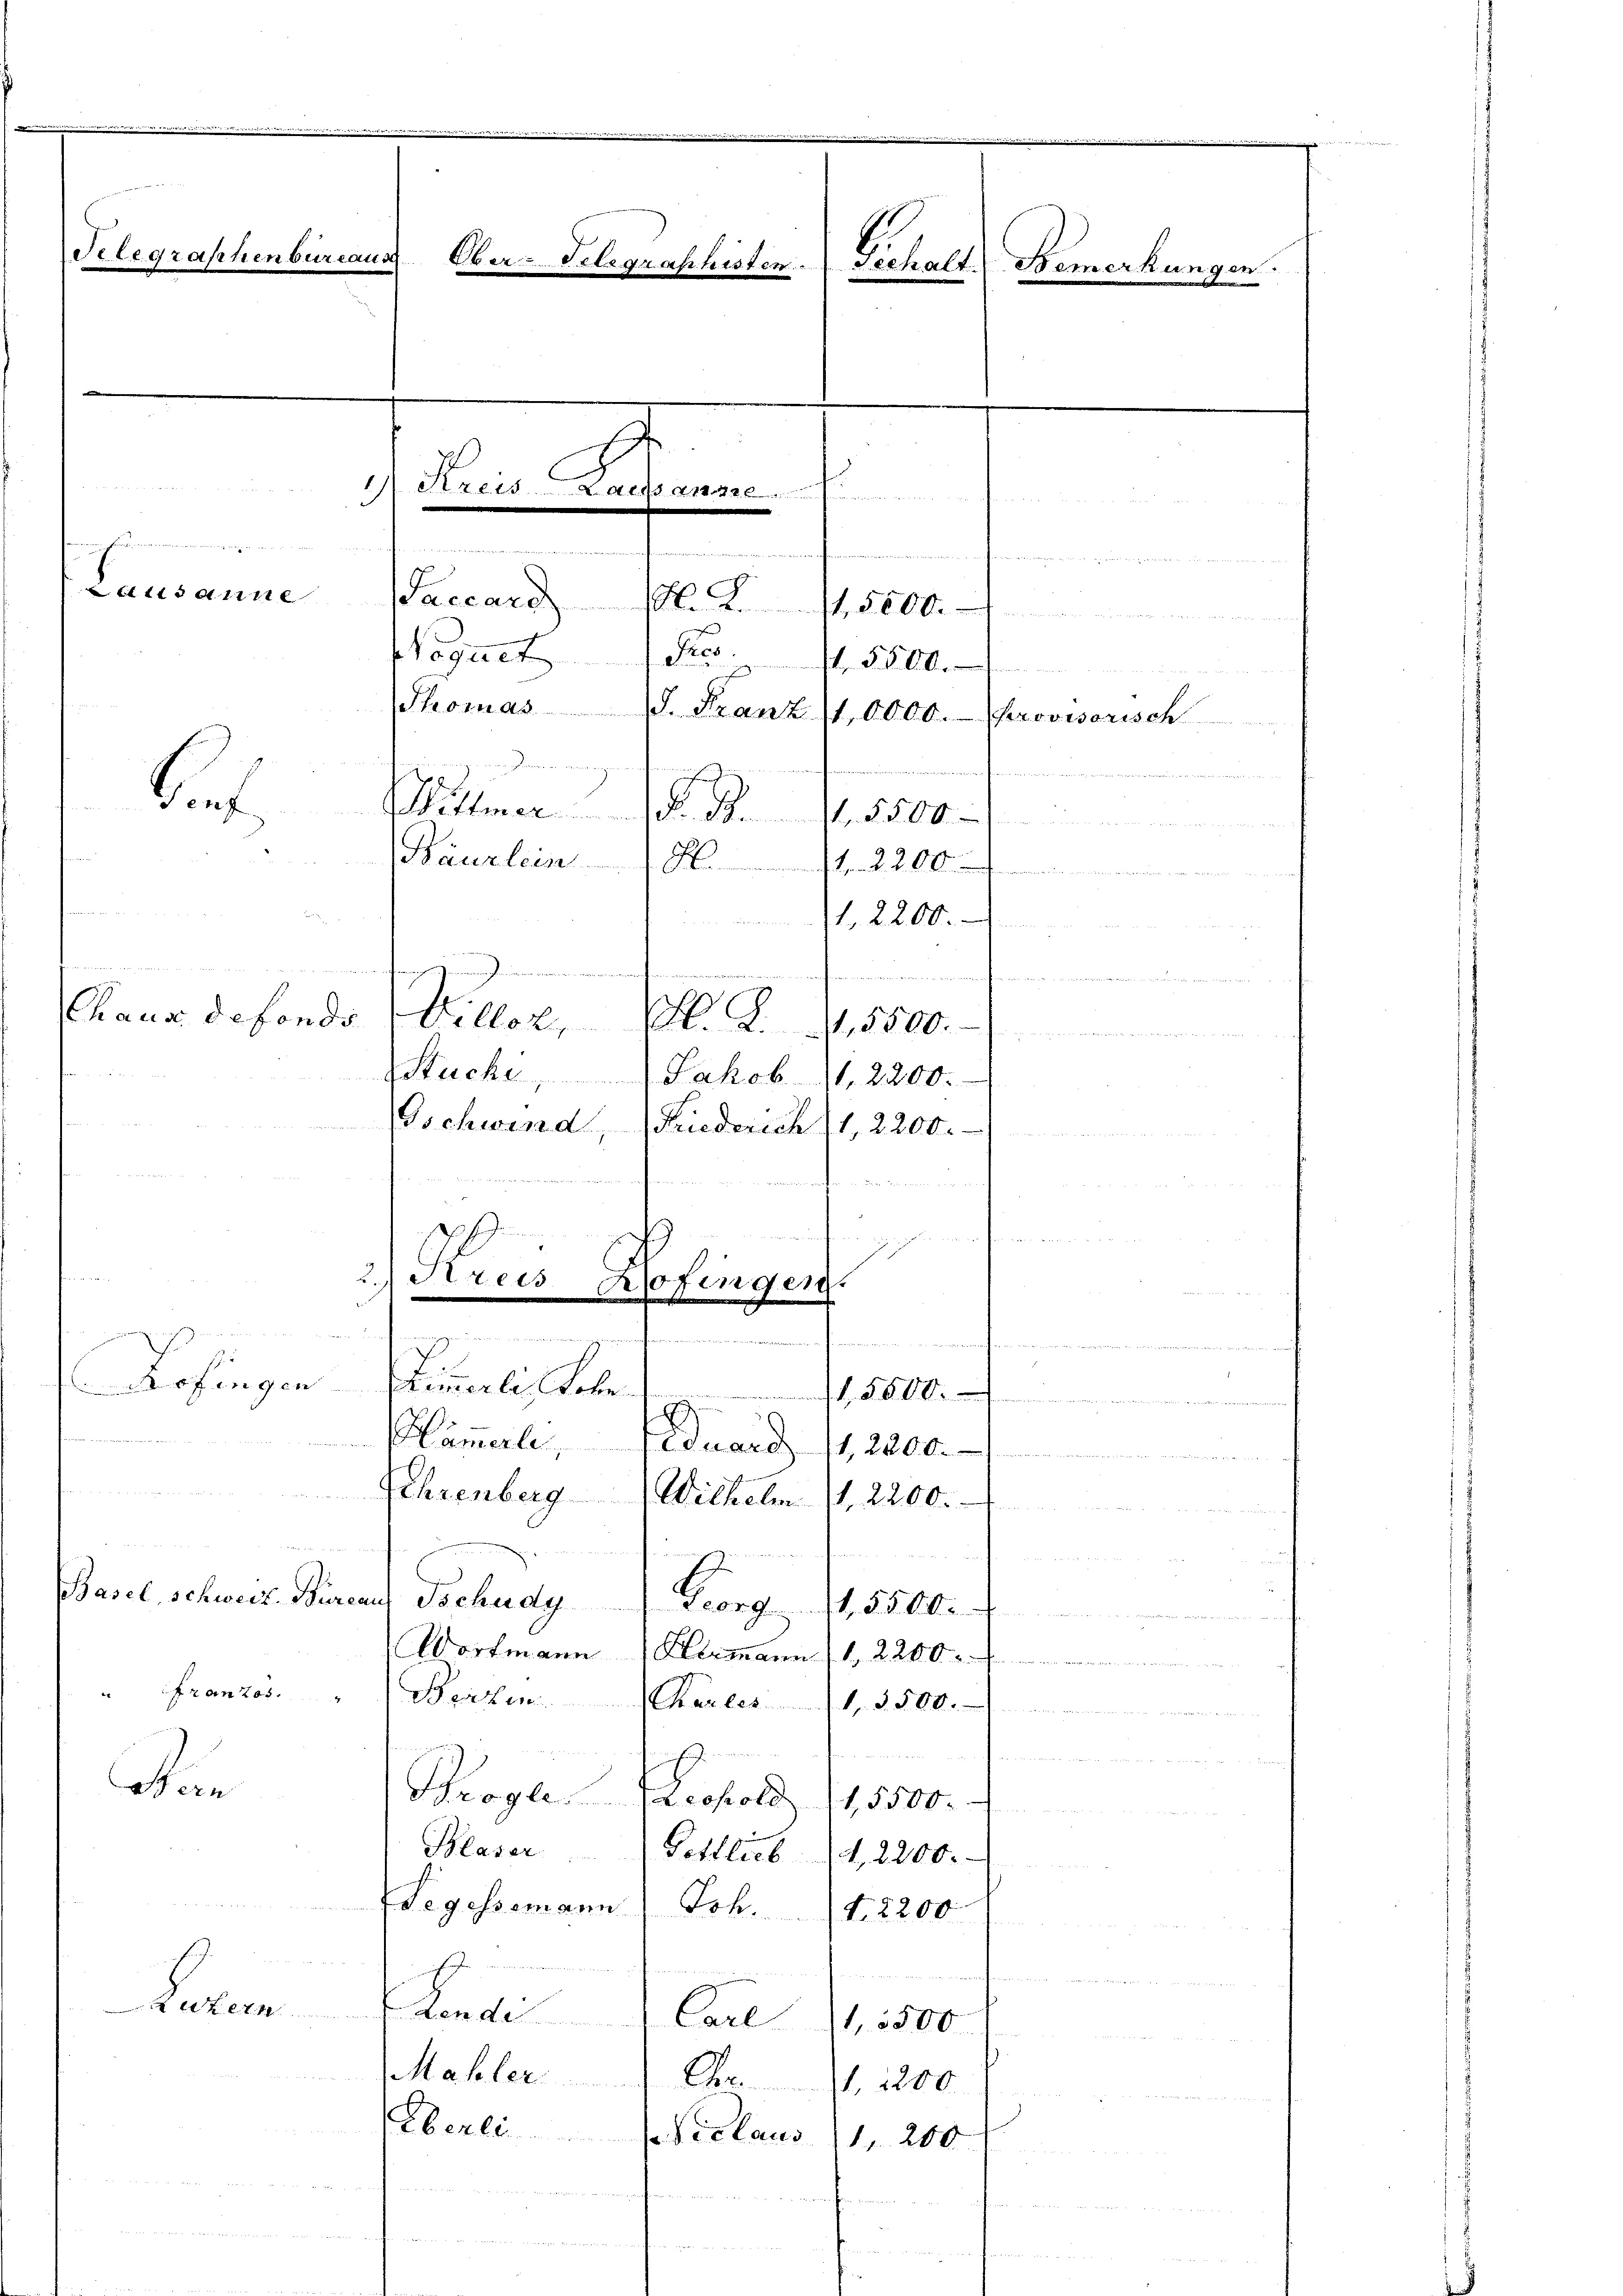
Telegraphenbureaus
d
Ober-Gelegraphisten
Gichalt, Bemerkungen

e
Rris Rohanne
2
nung findenen einen meindringen
o  in Handenen, die a. a. a. in dieser
tt. d. 112
doch ein ein meinen eingenommen.
biet
Wittmer d. M. 11. 5500
Bäurlein . . . . 2200
.
agung
n
n
 id erstatte in keiner und der den wer
Chaus defonds
Viller, M. Z. 11,5500.
Stuche,
Jakob 11, 2200.
Gschwind, Friederich 1, 2200.
.
2 189

n H.
n
Fried
.
Zofingen.
n
g
.

E.
Kofingen
Remerli, Sohn
.
ämmerle, (duard 1, 2200.
Ehrenberg Wilhelm 11. 2200.
  Be
 12
 Brdar 41. 114
2
Basel, schweiz. Bureaus Tschudy
Georg 1. 5500.

Wortmann Hermann 1, 2200.
" Franzos. Benzen
Chartes 1 3500.
Wein
Brogl. Propold
1,5500.
Blaser
Gottlieb, 2200.
Segessemann) Joh. T. 2200
f
Listern
dendi Carl 15500
Mahler. Chr. 1200
Eberli (Viclaus) 1 200

Paccard. S. 11,5000.
Naguet Pro. 1. 5800.
Thomas

d. Franz (1,0000.

erovisorisch

un

1, 2200.